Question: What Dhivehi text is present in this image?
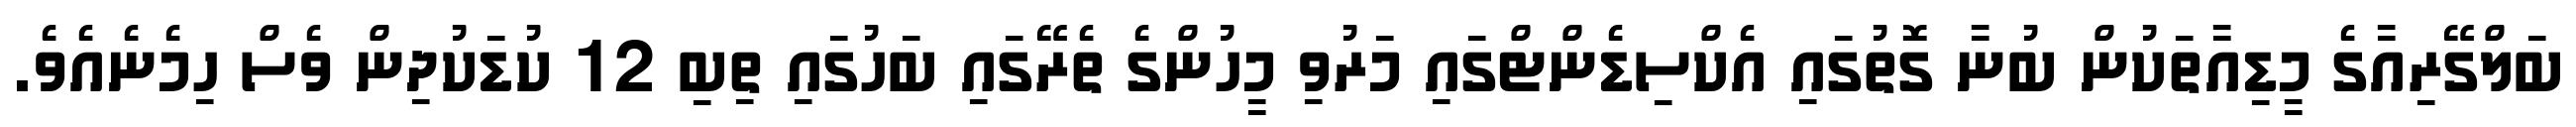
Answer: ބަލްގޭރިއާގެ މީޑިއާތަކުން ބުނާ ގޮތުގައި އެކްސިޑެންޓްގައި މަރުވި މީހުންގެ ތެރޭގައި ބަހުގައި ތިބި 12 ކުޑަކުދިން ވެސް ހިމެނެއެވެ.